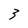
Character: 3